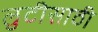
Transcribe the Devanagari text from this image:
लुटीसाठी